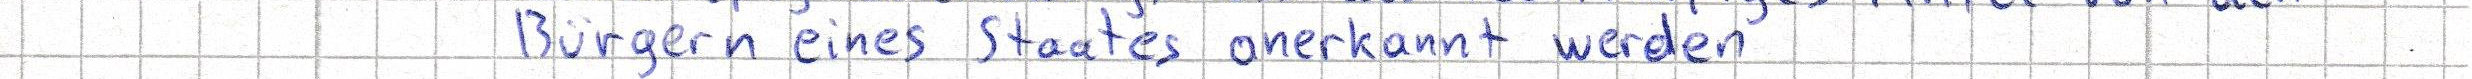
Bürgern eines Staates anerkannt werden